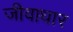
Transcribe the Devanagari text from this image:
जीवाधार